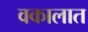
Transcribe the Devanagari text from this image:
वकालात